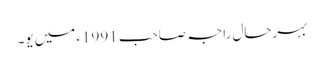
بہرحال راجہ صاحب 1991ء میں یو۔